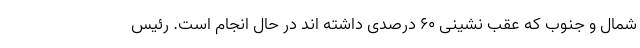
شمال و جنوب که عقب نشینی ۶۰ درصدی داشته اند در حال انجام است. رئیس